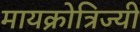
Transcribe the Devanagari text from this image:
मायक्रोत्रिज्यी